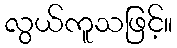
လွယ်ကူသဖြင့်။